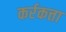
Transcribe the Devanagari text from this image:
कर्रकत्ता